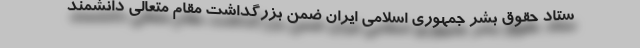
ستاد حقوق بشر جمهوری اسلامی ایران ضمن بزرگداشت مقام متعالی دانشمند